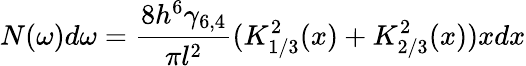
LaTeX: N(\omega)d\omega=\frac{8h^{6}\gamma_{6,4}}{\pi l^{2}}(K_{1/3}^{2}(x)+K_{2/3}^{2}(x))xdx